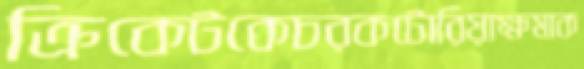
ক্রিকেটকেচরকটোরিয়াক্ষমাক